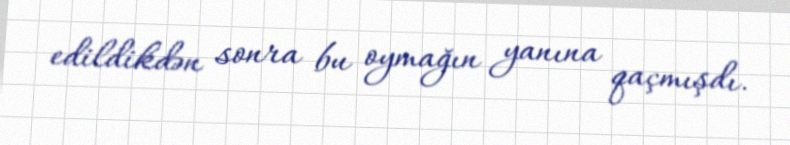
edildikdən sonra bu oymağın yanına qaçmışdı.